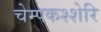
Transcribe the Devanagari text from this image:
चेम्पकश्शेरि